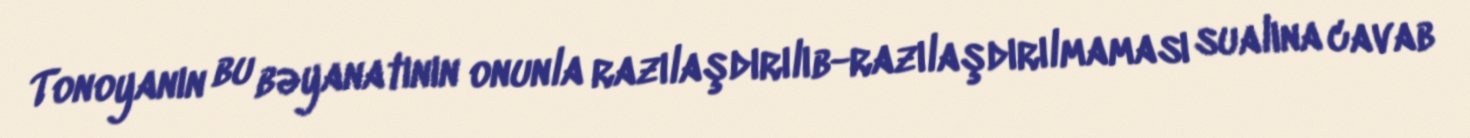
Tonoyanın bu bəyanatının onunla razılaşdırılıb-razılaşdırılmaması sualına cavab